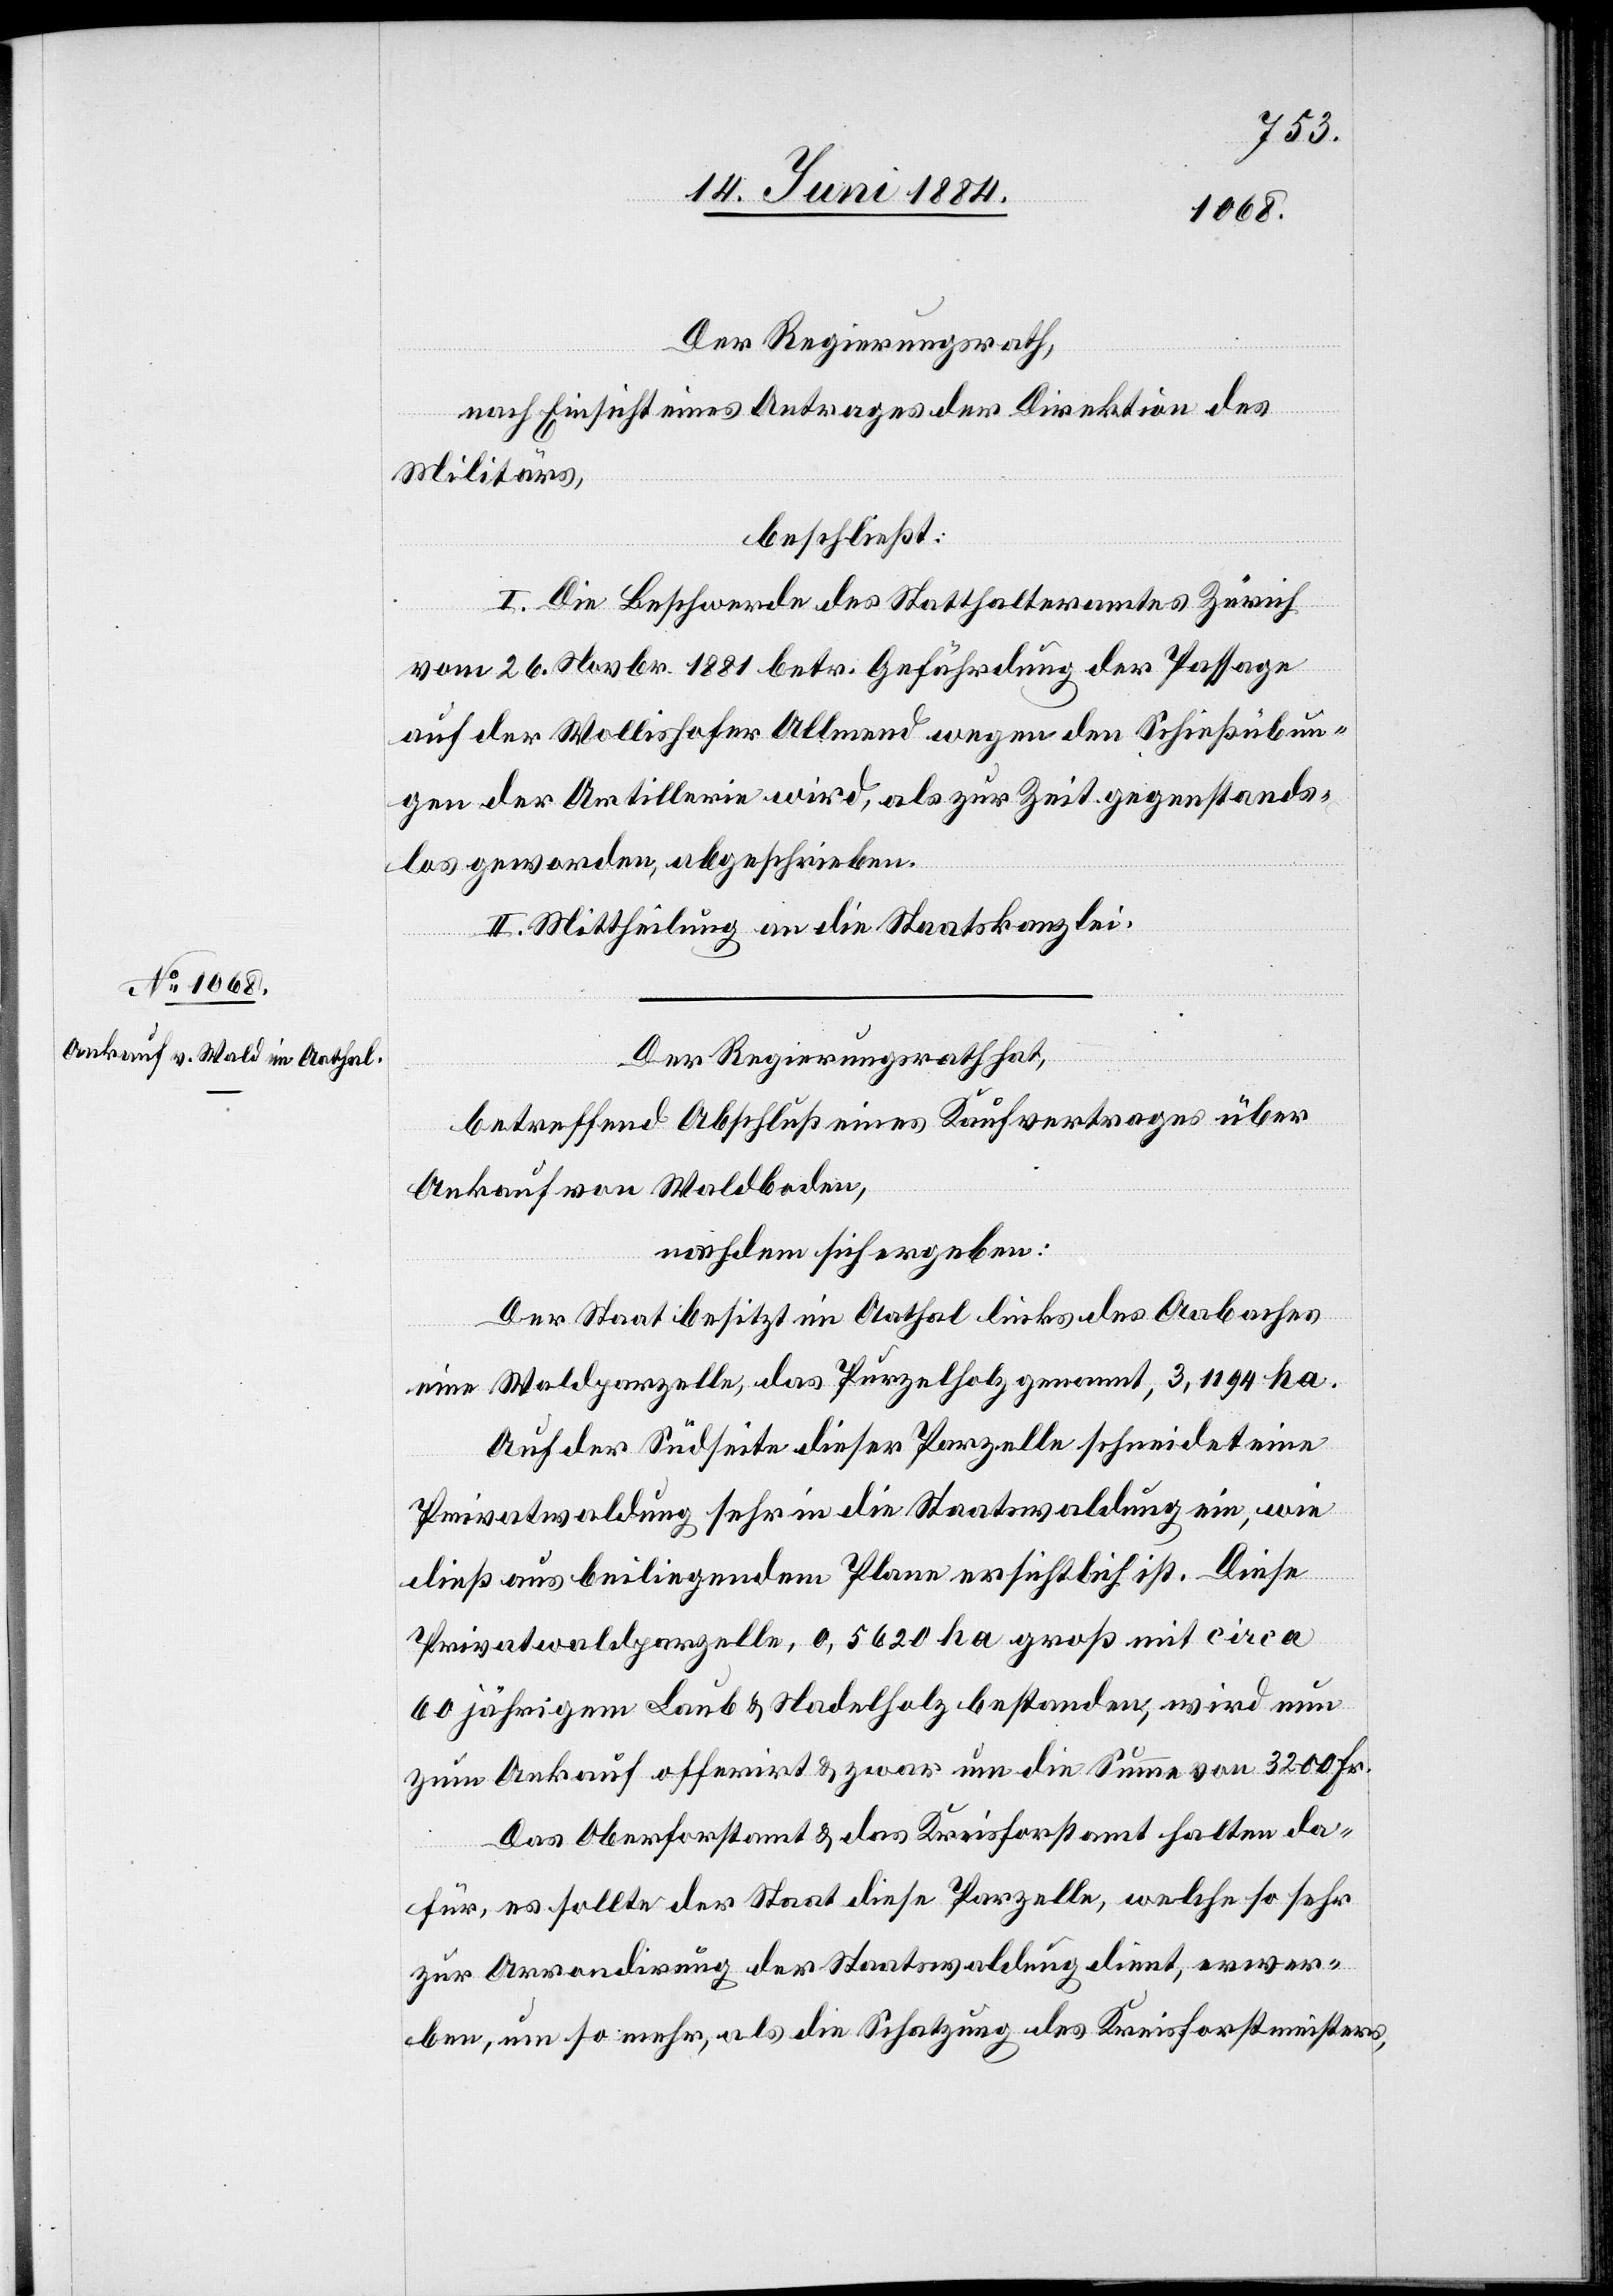
Der Regierungsrath,
nach Einsicht eines Antrages der Direktion des
Militärs,
beschließt:
I. Die Beschwerde des Statthalteramtes Zürich
vom 26. Novbr. 1881 betr. Gefährdung der Passage
auf der Wollishofer Allmend wegen den Schießübun¬
gen der Artillerie wird, als zur Zeit gegenstands¬
los geworden, abgeschrieben.
II. Mittheilung an die Staatskanzlei.
Der Regierungsrath hat,
betreffend Abschluß eines Kaufvertrages über
Ankauf von Waldboden,
nachdem sich ergeben:
Der Staat besitzt im Aathal links des Aabaches
eine Waldparzelle, das Purzelholz genannt, 3,1194 ha.
Auf der Südseite dieser Parzelle schneidet eine
Privatwaldung sehr in die Staatswaldung ein, wie
dieß aus beiliegendem Plane ersichtlich ist. Diese
Privatwaldparzelle, 0,5620 ha groß mit circa
60jährigem Laub & Nadelholz bestanden, wird nun
zum Ankauf offerirt & zwar um die Summe von 3200 Fr.
Das Oberforstamt & das Kreisforstamt halten da¬
für, es sollte der Staat diese Parzelle, welche so sehr
zur Arrondirung der Staatswaldung dient, erwer¬
ben, um so mehr, als die Schatzung das Kreisforstmeisters,